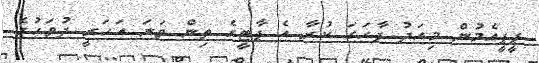
ޕީޕީއެމުން މިއަދު ފާހަގަ ކުރާ އެ ޕާޓީގެ ތިން ވަނަ އަހަރީ ދުވަހުގެ